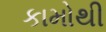
કામોથી